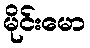
မိုင်းမော